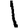
Digit: 1